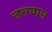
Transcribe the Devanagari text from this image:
र्‍हसघास